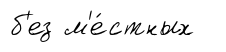
б'ез м'е́стных